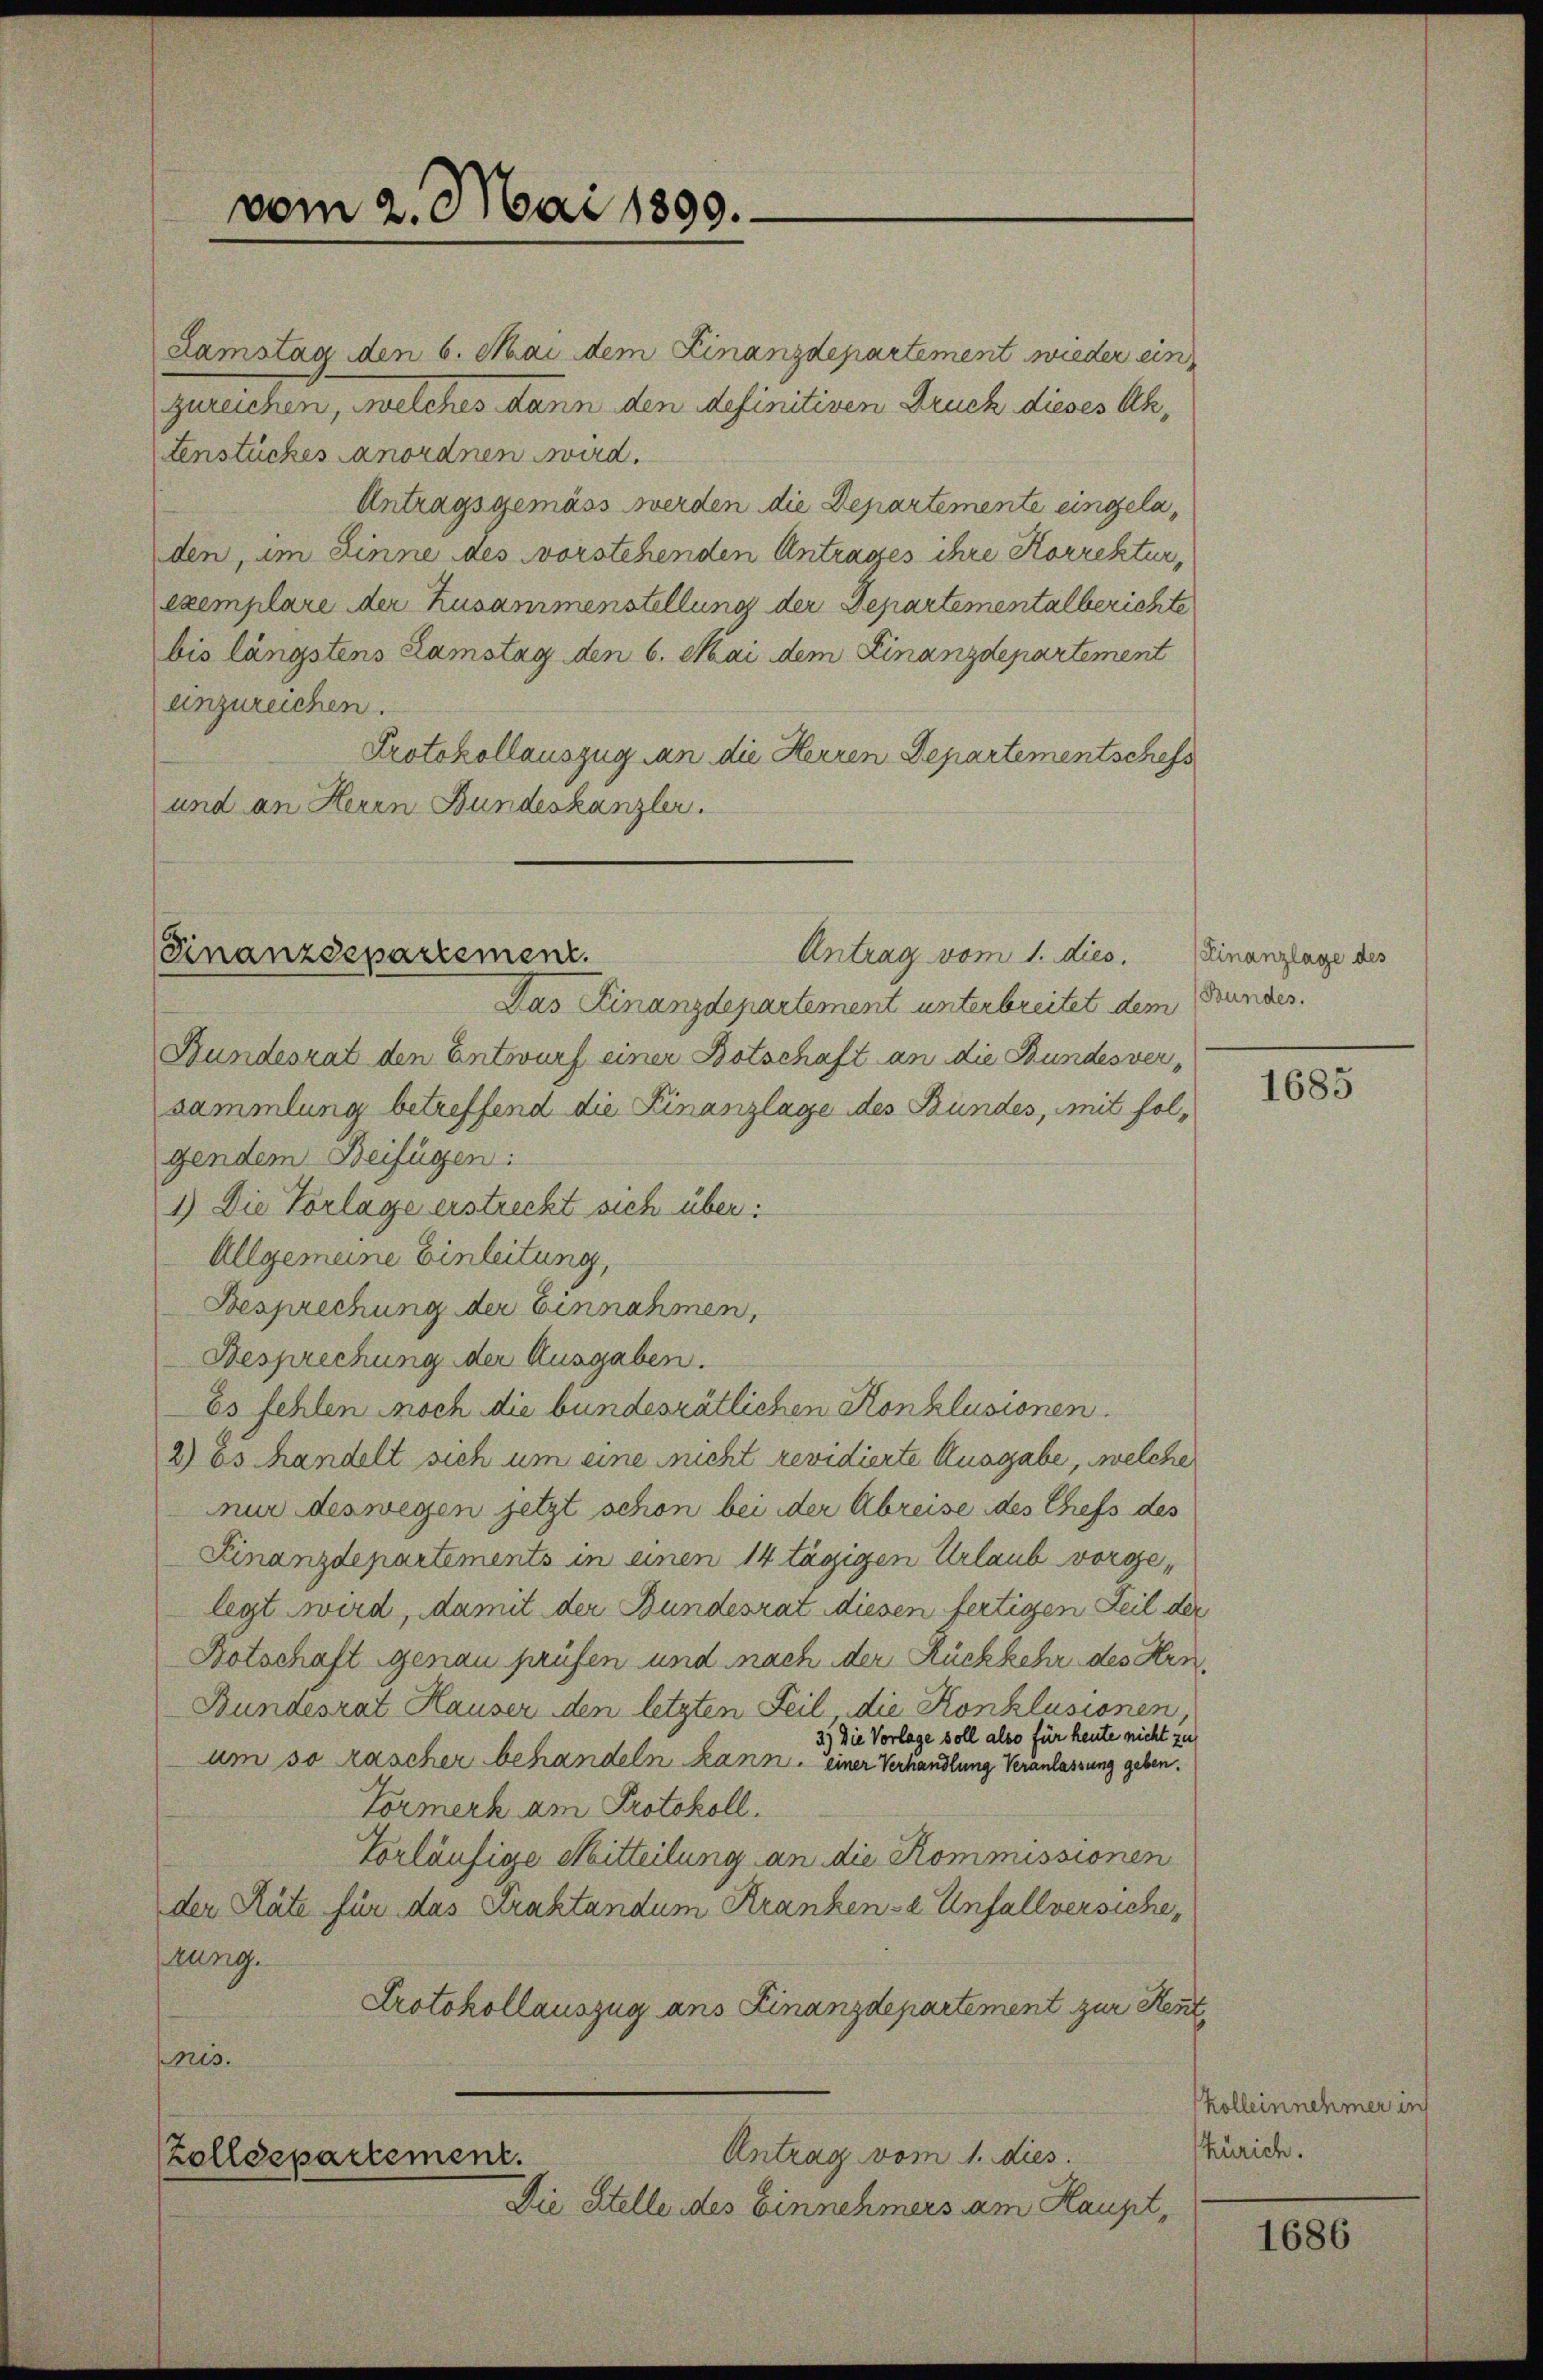
vom 2. Mai 1899.

Lamstag den 6. Mai dem Finanzdepartement wieder ein
zureichen, welches dann den definitiven Druck dieses Ak¬
Fenstückes anordnen wird.
Antragsgemäss werden die Departemente eingeladen, im Sinne des vorstehenden Antrages ihre Korrektur,
exemplare der Zusammenstellung der Departementalberichte
bis längstens Zamstag den 6. Mai dem Finanzdepartement
anzureichen.
Protokollauszug an die Herren Departementschefs
und an Herrn Bundeskanzler.

Antrag vom 1. dies.
Finanzdepartement.

Das Finanzdepartement unterbreitet dem Grundes.
Bundesrat den Entwurf einer Botschaft an die Bundesversammlung betreffend die Finanzlage des Bundes, mit folgendem Beifügen:
1) Die Vorlage erstreckt sich über:
Allgemeine Einleitung,
Besprechung der Einnahmen,
Besprechung der Ausgaben.
Es fehlen noch die bundesrätlichen Konklusionen.
2) Es handelt sich um eine nicht revidierte Ausgabe, welche
nur deswegen jetzt schon bei der Abreise des Chefs des
Finanzdepartements in einen 14 tägigen Urlaub vorgelegt wird, damit der Bundesrat diesen fertigen Teil der
Botschaft genau prüfen und nach der Rückkehr des Hrn
Bundesrat Hauser den letzten Feil, die Konklusionen
3.) Die Vorlage soll also für heute nicht zu
um so rascher behandeln kann, einer Verhandlung Veranlassung geben.
Formerk am Protokoll.
Vorläufige Mitteilung an die Kommissionen
der Räte für das Praktandum Kranken- & Unfallversiche,
rung.
Protokollauszug aus Finanzdepartement zur Kennt,
pnis.
Antrag vom 1. dies
Zolldepartement.
Die Stelle des Einnehmers am Haupt,

(Finanzlage des

1685

Kollein nehmer ins
Zürich.

1686